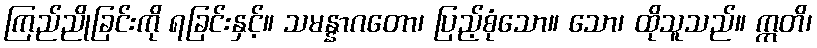
ကြည်ညိုခြင်းကို ရခြင်းနှင့်။ သမန္နာဂတော၊ ပြည့်စုံသော။ သော၊ ထိုသူသည်။ ဣတိ၊